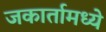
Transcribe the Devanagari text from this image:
जकार्तामध्ये